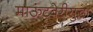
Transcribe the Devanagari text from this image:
माऊंटबेरीसुद्धा